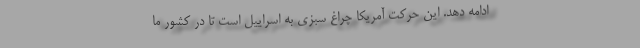
ادامه دهد. این حرکت آمریکا چراغ سبزی به اسراییل است تا در کشور ما